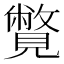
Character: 𧢍